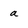
Character: a